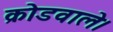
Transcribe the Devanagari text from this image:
क्रोडवाले।